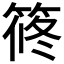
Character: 𥮴